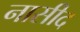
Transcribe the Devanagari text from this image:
नासीद